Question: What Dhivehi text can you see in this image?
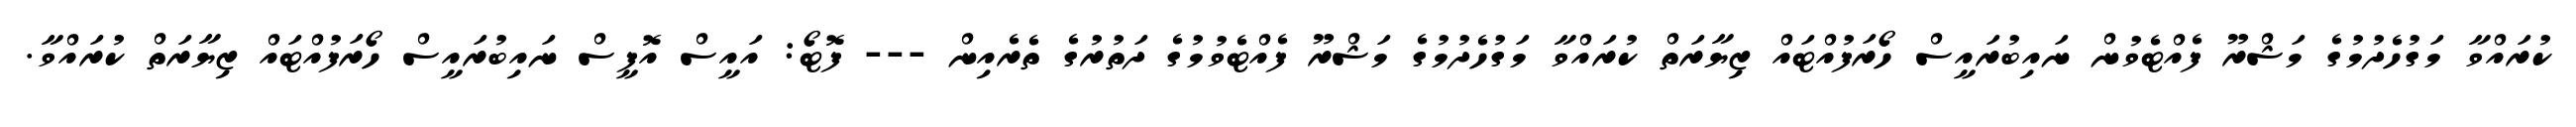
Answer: ކުރައްވާ މަގުހެދުމުގެ މަޝްރޫ ފެއްޓެވުން ނައިބުރައީސް ހޯރަފުއްޓައް ޒިޔާރަތް ކުރައްވާ މަގުހެދުމުގެ މަޝްރޫ ފެއްޓެވުމުގެ ދަތުރުގެ ތެރެއިން --- ފޮޓޯ: އައީސް އޮފީސް ނައިބުރައީސް ހޯރަފުއްޓައް ޒިޔާރަތް ކުރައްވާ.